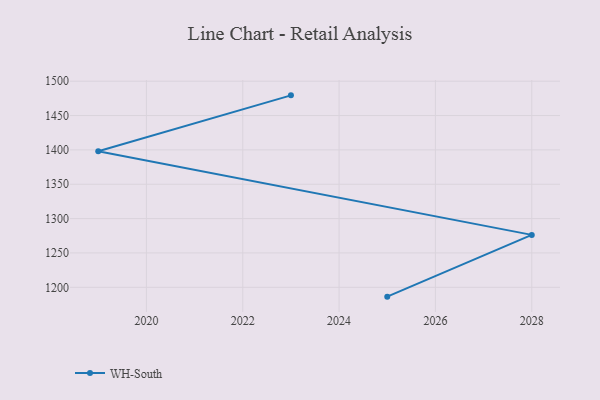
{"axis": {"x": "Year", "y": "Budget (USD K)"}, "legend": ["WH-South"], "data": [{"x": "2025", "y": 1186.4, "type": "WH-South"}, {"x": "2028", "y": 1276.3, "type": "WH-South"}, {"x": "2019", "y": 1398.0, "type": "WH-South"}, {"x": "2023", "y": 1479.4, "type": "WH-South"}]}